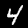
Digit: 4